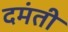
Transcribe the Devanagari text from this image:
दमंती